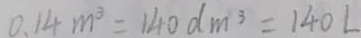
0 . 1 4 m ^ { 3 } = 1 4 0 d m ^ { 3 } = 1 4 0 L